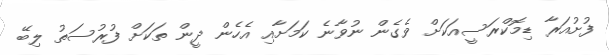
ފުށުއަރާ ޑިމޮކްރަސީއަކަށް ވެގެން ނުވާނެ ކަމަށާއި އެހެން ދީން ތަކަށް ފުރުސަތު ލިބޭ